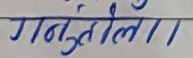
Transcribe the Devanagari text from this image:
गणुतेलो।